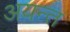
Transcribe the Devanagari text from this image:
अयन्त